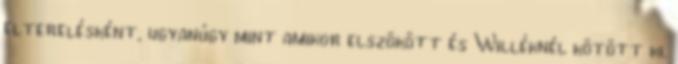
elterelésként, ugyanúgy mint amikor elszökött és Willéknél kötött ki.